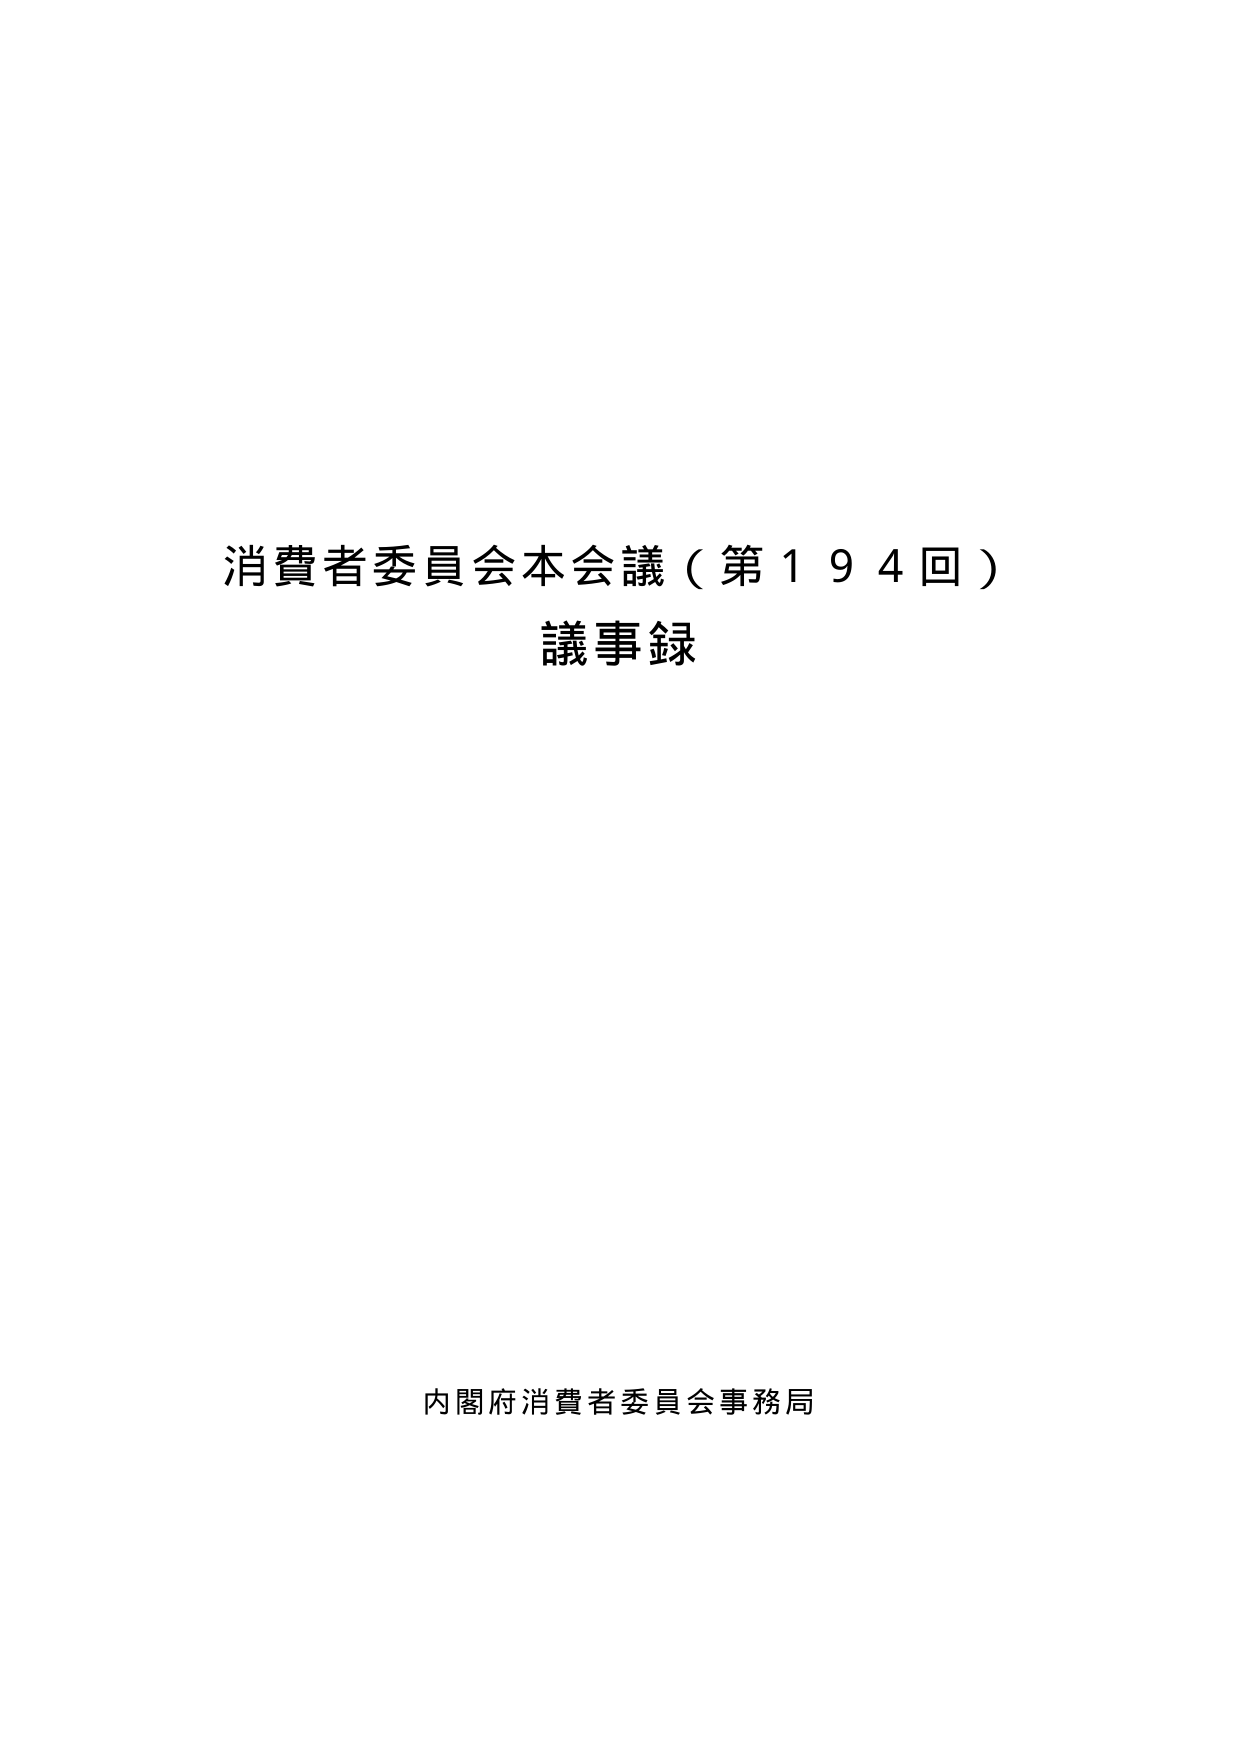
消費者委員会本会議（第194回）
議事録

内閣府消費者委員会事務局